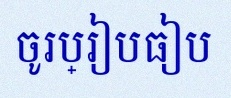
ចូរប្រៀបធៀប